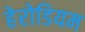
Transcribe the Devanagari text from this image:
हेरोडियम